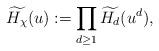
LaTeX: \begin{align*}\widetilde{H_{\chi}}(u) := \prod_{d \ge 1} \widetilde{H_{d}}(u^d),\end{align*}